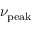
\nu _ { \mathrm { p e a k } }